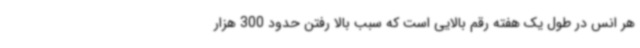
هر انس در طول یک هفته رقم بالایی است که سبب بالا رفتن حدود 300 هزار